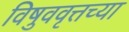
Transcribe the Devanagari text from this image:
विषुववृत्तच्या